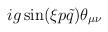
LaTeX: \begin{align*}ig \sin(\xi p \tilde{q}) \theta_{\mu \nu} \end{align*}